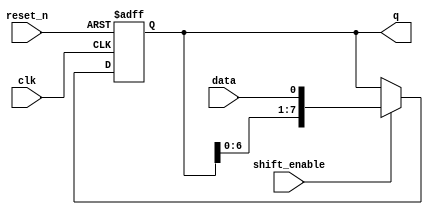
module shift_register(
    input clk,
    input reset_n,
    input data,
    input shift_enable,
    output reg [7:0] q
);

always @(posedge clk, negedge reset_n) begin
    if (!reset_n) begin
        q <= 8'b0;
    end else if (shift_enable) begin
        q <= {q[6:0], data};
    end
end

endmodule